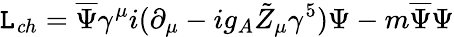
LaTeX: {\cal\mathtt{L}}_{\mathit{c}h}=\overline{{{{\Psi}}}}\gamma^{\mu}i(\partial_{\mu}-ig_{A}\tilde{{Z}}_{\mu}\gamma^{5})\Psi-m\overline{{{{\Psi}}}}\Psi